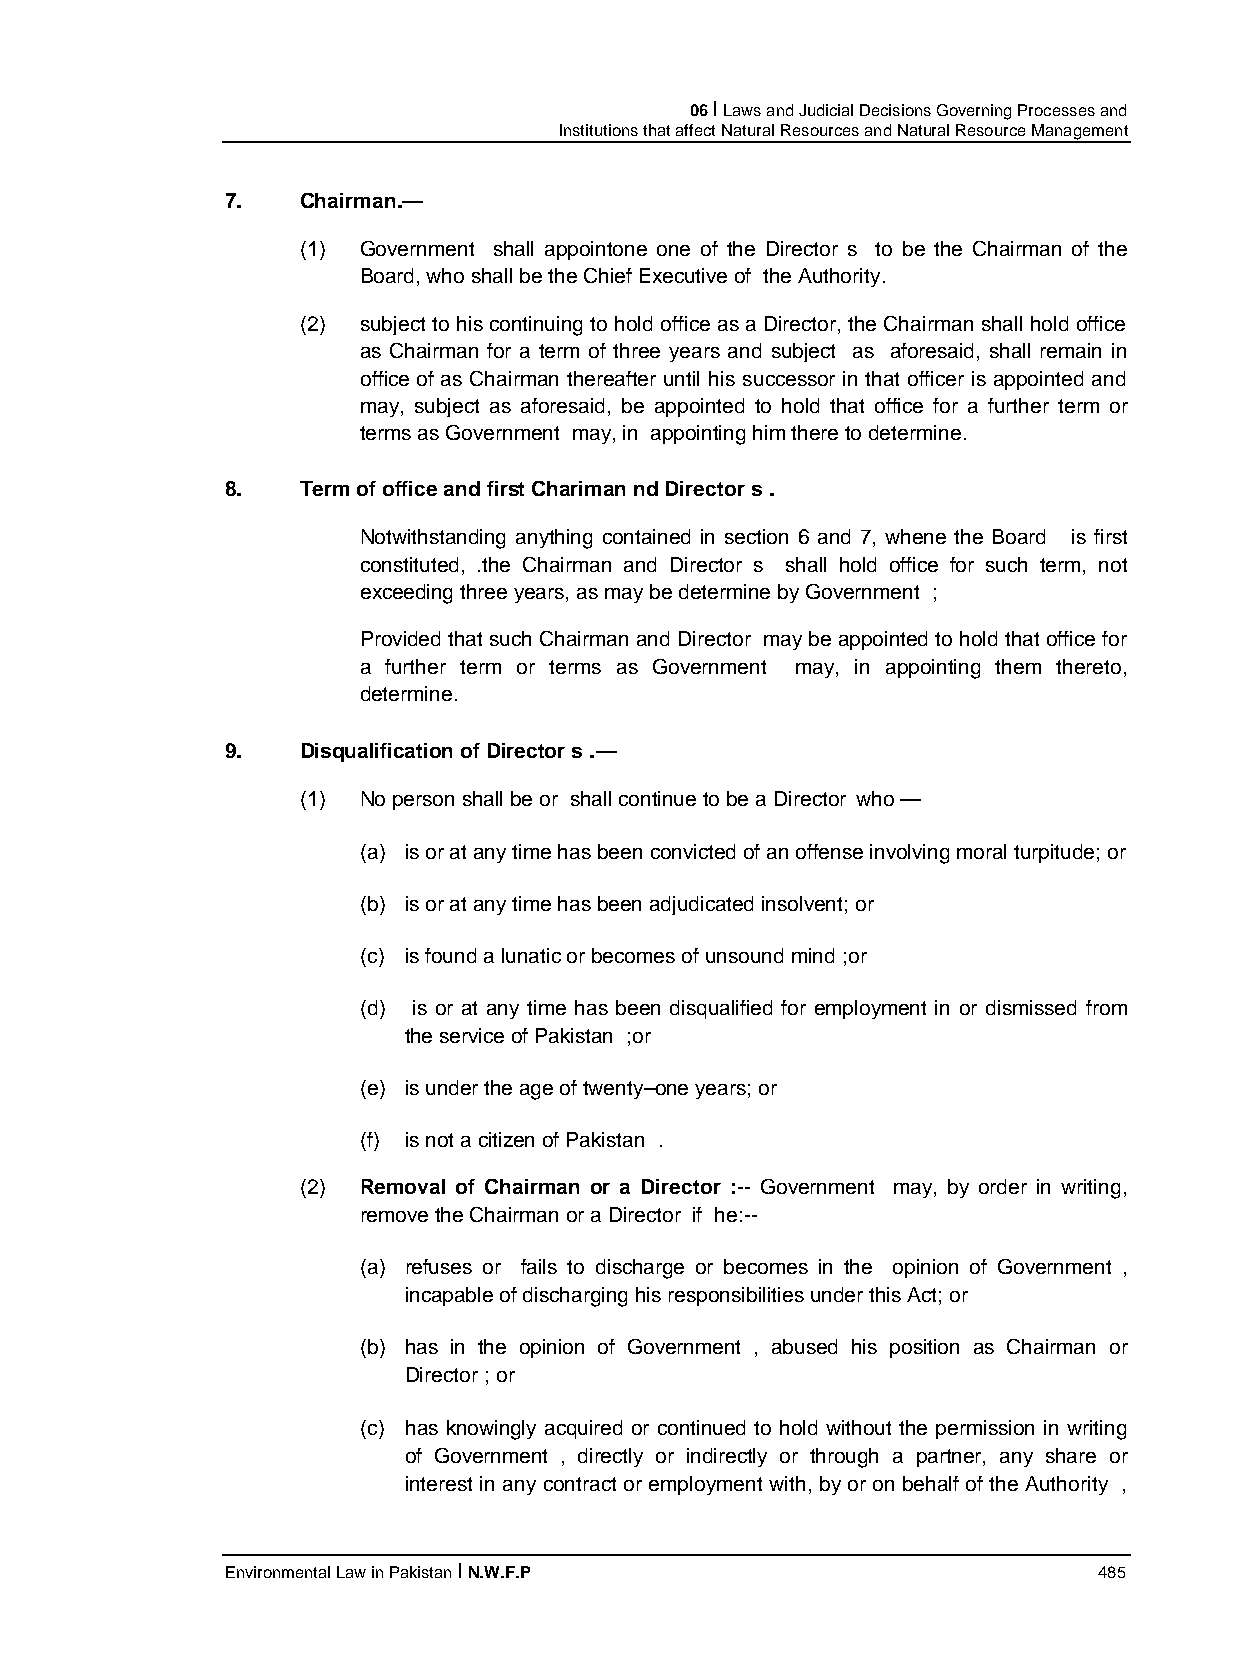
06 I Laws and Judicial Decisions Governing Processes and
 Institutions that affect Natural Resources and Natural Resource Management
 7.   Chairman.—
 (1) Government shall appointone one of the Director s to be the Chairman of the
 Board, who shall be the Chief Executive of the Authority.
 (2) subject to his continuing to hold office as a Director, the Chairman shall hold office
 as Chairman for a term of three years and subject as aforesaid, shall remain in
 office of as Chairman thereafter until his successor in that officer is appointed and
 may, subject as aforesaid, be appointed to hold that office for a further term or
 terms as Government may, in appointing him there to determine.
 8.   Term of office and first Chariman nd Director s .
 Notwithstanding anything contained in section 6 and 7, whene the Board is first
 constituted, .the Chairman and Director s shall hold office for such term, not
 exceeding three years, as may be determine by Government ;
 Provided that such Chairman and Director may be appointed to hold that office for
 a further term or terms as Government may, in appointing them thereto,
 determine.
 9.   Disqualification of Director s .—
 (1) No person shall be or shall continue to be a Director who —
 (a) is or at any time has been convicted of an offense involving moral turpitude; or
 (b) is or at any time has been adjudicated insolvent; or
 (c) is found a lunatic or becomes of unsound mind ;or
 (d) is or at any time has been disqualified for employment in or dismissed from
 the service of Pakistan ;or
 (e) is under the age of twenty–one years; or
 (f) is not a citizen of Pakistan .
 (2) Removal of Chairman or a Director :-- Government may, by order in writing,
 remove the Chairman or a Director if he:--
 (a) refuses or fails to discharge or becomes in the opinion of Government ,
 incapable of discharging his responsibilities under this Act; or
 (b) has in the opinion of Government , abused his position as Chairman or
 Director ; or
 (c) has knowingly acquired or continued to hold without the permission in writing
 of Government , directly or indirectly or through a partner, any share or
 interest in any contract or employment with, by or on behalf of the Authority ,
 Environmental Law in Pakistan I N.W.F.P                   485